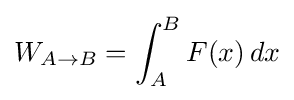
W_{A\rightarrow B}=\int _{A}^{B}F(x)\,dx